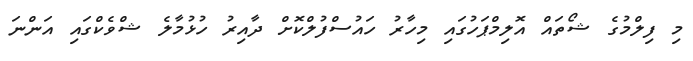
މި ފިލްމުގެ ޝޯތައް އޮލިމްޕަހުގައި މިހާރު ހައުސްފުލްކޮށް ދާއިރު ހުޅުމާލެ ޝްވެކްގައި އަންނަ